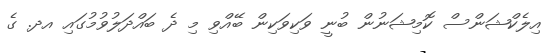
އިލެކްޝަންސް ކޮމިޝަނުން ބުނީ ވަކިވަކިން ބޭއްވި މި ދެ ބައްދަލުވުމުގައި އދ. ގެ